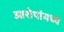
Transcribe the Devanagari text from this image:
आरोपांमध्ये